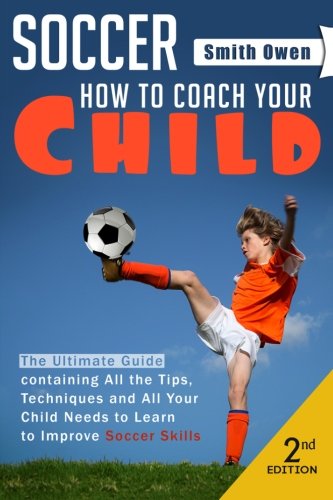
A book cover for Soccer: Tips, Techniques and Secrets Your Child Needs to Learn to Improve Soccer Skills - How to Coach Your Child!; Smith Owen; Sports & Outdoors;